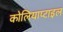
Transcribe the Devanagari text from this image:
कोलियाप्टाइल